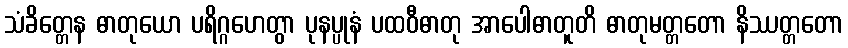
သံခိတ္တေန ဓာတုယော ပရိဂ္ဂဟေတွာ ပုနပ္ပုနံ ပထဝီဓာတု အာပေါဓာတူတိ ဓာတုမတ္တတော နိဿတ္တတော